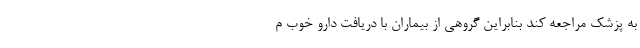
به پزشک مراجعه کند بنابراین گروهی از بیماران با دریافت دارو خوب م